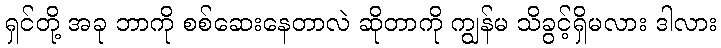
ရှင်တို့ အခု ဘာကို စစ်ဆေးနေတာလဲ ဆိုတာကို ကျွန်မ သိခွင့်ရှိမလား ဒါလား